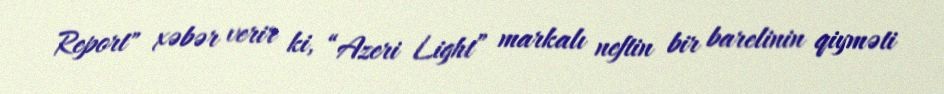
Report" xəbər verir ki, “Azeri Light” markalı neftin bir barelinin qiyməti